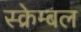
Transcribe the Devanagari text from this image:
स्क्रेम्बल